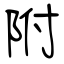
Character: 附